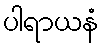
ပါရာယနံ